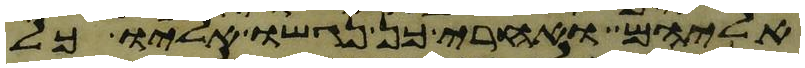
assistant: אליהם ואחרי כן נגשו אליו כל